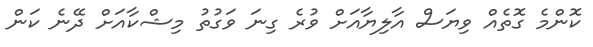
ކޮންމެ ގޮތެއް ވިޔަސް އާލިޔާއަށް ވުރެ ގިނަ ވަގުތު މިޝްކާއަށް ދޭނެ ކަން